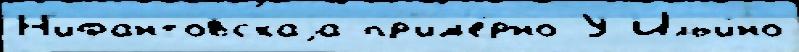
Н'ифантовскаjа пр'им'е́рно У Ильи́но